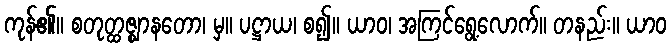
ကုန်၏။ စတုတ္ထဇ္ဈာနတော၊ မှ။ ပဋ္ဌာယ၊ စ၍။ ယာဝ၊ အကြင်ရွေ့လောက်။ တနည်း။ ယာဝ